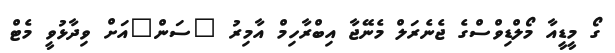
ގޯ މީޑީއާ މޯލްޑިވްސްގެ ޖެނެރަލް މެނޭޖާ އިބްރާހިމް އާމިރު "ސަން"އަށް ވިދާޅުވީ މެޓް